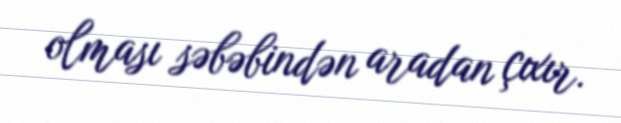
olması səbəbindən aradan çıxır.